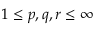
1 \leq p , q , r \leq \infty